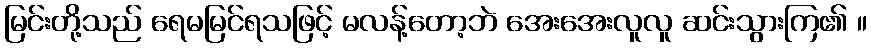
မြင်းတို့သည် ရေမမြင်ရသဖြင့် မလန့်တော့ဘဲ အေးအေးလူလူ ဆင်းသွားကြ၏ ။